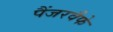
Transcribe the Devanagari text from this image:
पैंजरवैफे